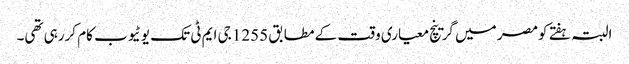
البتہ ہفتے کومصر میں گرینچ معیاری وقت کے مطابق 1255 جی ایم ٹی تک یوٹیوب کام کررہی تھی۔